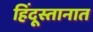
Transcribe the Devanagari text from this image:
हिंदूस्तानात